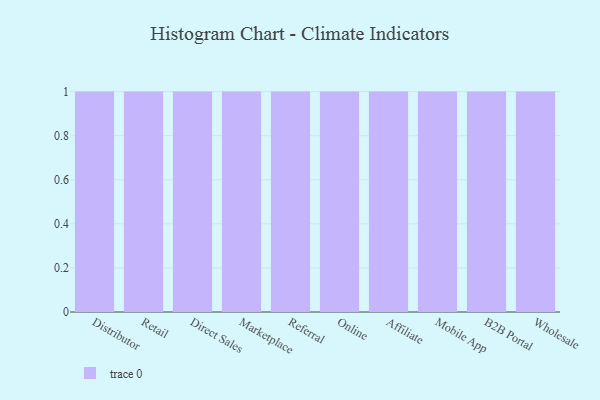
{"axis": {"x": "Channel", "y": "Production Output"}, "legend": [""], "data": [{"x": "Distributor", "y": 67, "type": ""}, {"x": "Retail", "y": 98, "type": ""}, {"x": "Direct Sales", "y": 73, "type": ""}, {"x": "Marketplace", "y": 32, "type": ""}, {"x": "Referral", "y": 38, "type": ""}, {"x": "Online", "y": 32, "type": ""}, {"x": "Affiliate", "y": 62, "type": ""}, {"x": "Mobile App", "y": 78, "type": ""}, {"x": "B2B Portal", "y": 59, "type": ""}, {"x": "Wholesale", "y": 70, "type": ""}]}